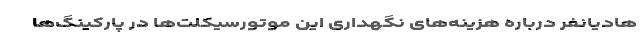
هادیانفر درباره هزینه‌‌های نگهداری این موتورسیکلت‌ها در پارکینگ‌ها